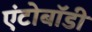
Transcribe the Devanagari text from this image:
एंटोबॉडी